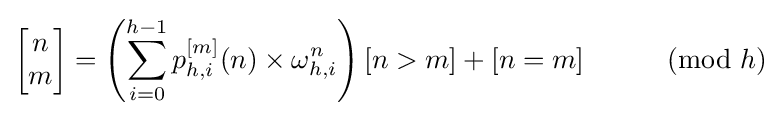
\left[{\begin{matrix}n\\m\end{matrix}}\right]=\left(\sum _{i=0}^{h-1}p_{h,i}^{[m]}(n)\times \omega _{h,i}^{n}\right)[n>m]+[n=m]\qquad {\pmod {h}}